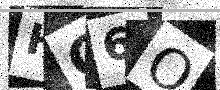
Text: HC6O